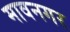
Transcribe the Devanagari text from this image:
मावनगर